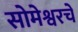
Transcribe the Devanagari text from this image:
सोमेश्वरचे